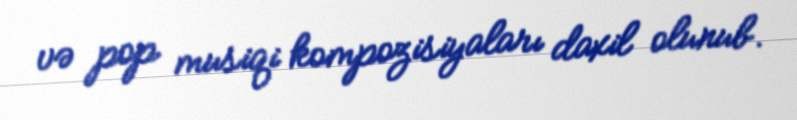
və pop musiqi kompozisiyaları daxil olunub.